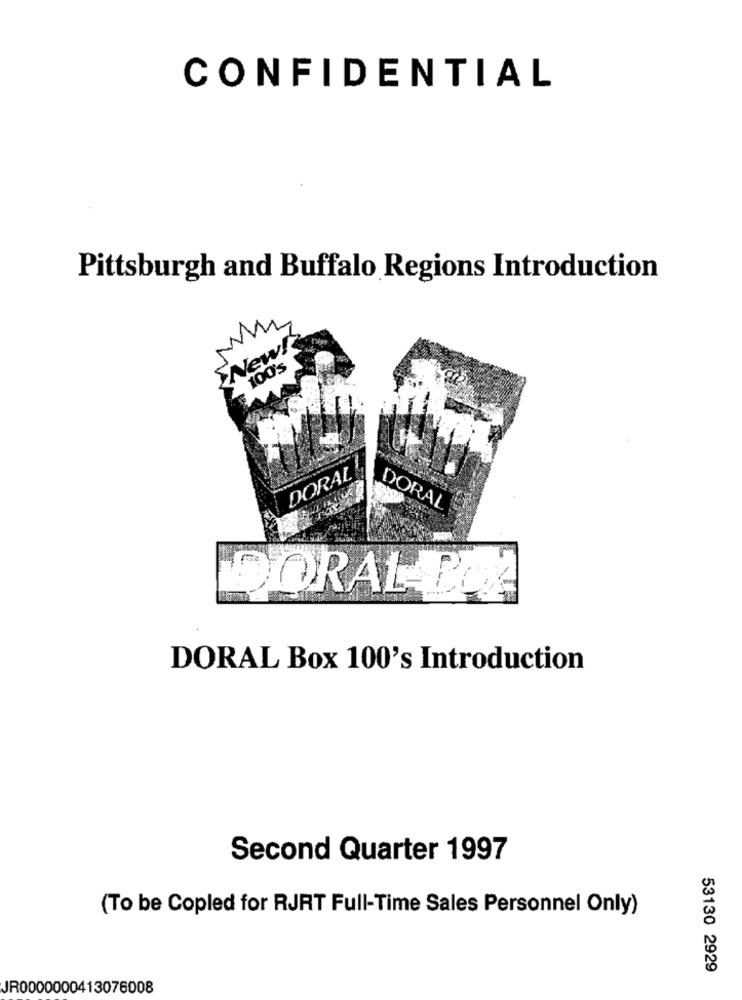
CONFIDENTIAL
Pittsburgh and Buffalo Regions Introduction
M
New!
100's
DORAL
DORAL
DORAL- POE
DORAL Box 100's Introduction
Second Quarter 1997
(To be Copied for RJRT Full-Time Sales Personnel Only)
53130 2929
JR0000000413076008